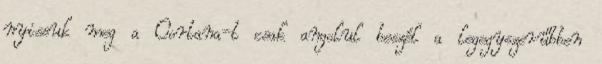
nyissuk meg a Cortana-t csak angolul beszél a legegyszerűbben